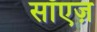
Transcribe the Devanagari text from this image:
सॉएज़